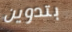
بتدوين